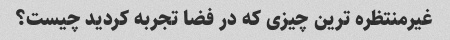
غیرمنتظره ترین چیزی که در فضا تجربه کردید چیست؟